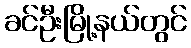
ခင်ဦးမြို့နယ်တွင်